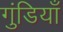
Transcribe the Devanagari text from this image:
गुंडियाँ